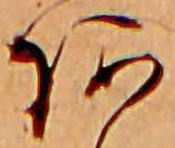
あ